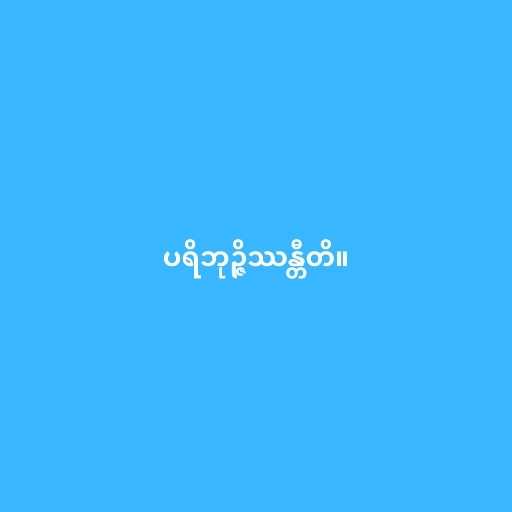
ပရိဘုဉ္ဇိဿန္တီတိ။